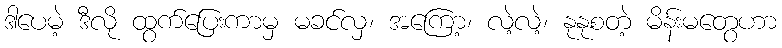
ဒါပေမဲ့ ဒီလို ထွက်ပြေးကာမှ မခင်လှ၊ အကြော့၊ လဲ့လဲ့၊ နုနုစတဲ့ မိန်းမတွေဟာ